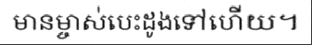
មានម្ចាស់បេះដូងទៅហើយ។